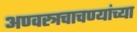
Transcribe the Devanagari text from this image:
अण्वस्त्रचाचण्यांच्या